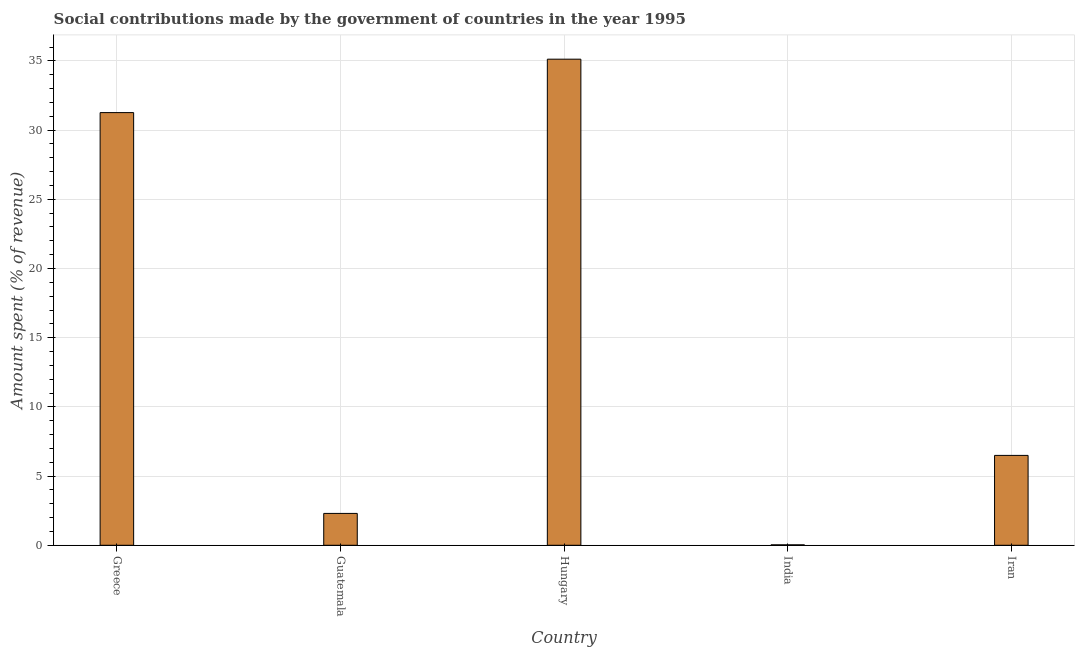
| Country | Social contributions |
 | --- | --- |
 | Greece | 31.3 |
 | Guatemala | 2.3 |
 | Hungary | 35.1 |
 | India | 0.0318 |
 | Iran | 6.49 |